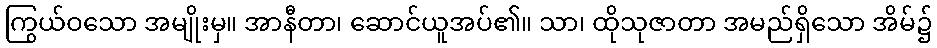
ကြွယ်ဝသော အမျိုးမှ။ အာနီတာ၊ ဆောင်ယူအပ်၏။ သာ၊ ထိုသုဇာတာ အမည်ရှိသော အိမ်၌